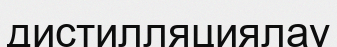
дистилляциялау